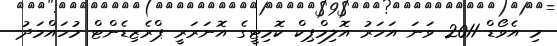
މި އެވޯޑް 2011 ވަނަ އަހަރު އޮލިމްޕިކް ކޮމިޓީގެ އޮނަރަރީ ޕްރެޒިޑެންޓް މުހައްމަދު